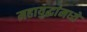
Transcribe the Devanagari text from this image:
महायुद्धांमध्ये